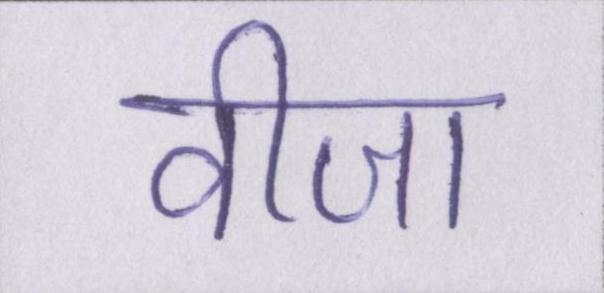
वीजा